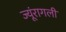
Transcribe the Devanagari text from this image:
ज्यूंरागली